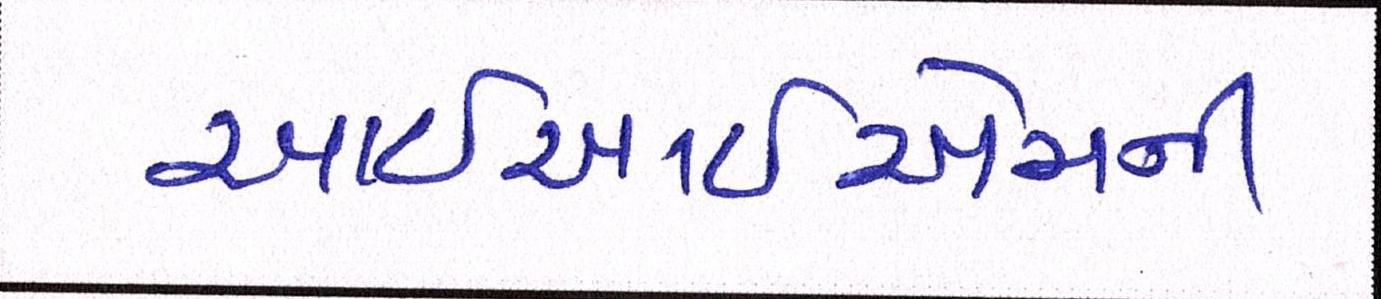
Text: આઇઆઇએમની